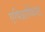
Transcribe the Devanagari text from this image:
एपिग्राफिस्ट